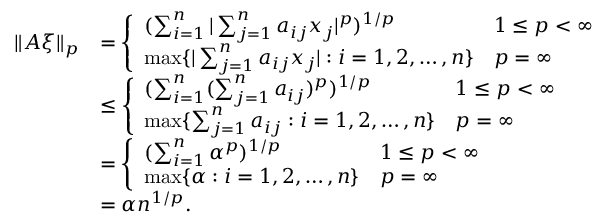
\begin{array} { r l } { \| A \xi \| _ { p } } & { = \left\{ \begin{array} { l l } { ( \sum _ { i = 1 } ^ { n } | \sum _ { j = 1 } ^ { n } a _ { i j } x _ { j } | ^ { p } ) ^ { 1 / p } } & { 1 \le p < \infty } \\ { \operatorname* { m a x } \{ | \sum _ { j = 1 } ^ { n } a _ { i j } x _ { j } | : i = 1 , 2 , \ldots , n \} } & { p = \infty } \end{array} \right. } \\ & { \le \left\{ \begin{array} { l l } { ( \sum _ { i = 1 } ^ { n } ( \sum _ { j = 1 } ^ { n } a _ { i j } ) ^ { p } ) ^ { 1 / p } } & { 1 \le p < \infty } \\ { \operatorname* { m a x } \{ \sum _ { j = 1 } ^ { n } a _ { i j } : i = 1 , 2 , \ldots , n \} } & { p = \infty } \end{array} \right. } \\ & { = \left\{ \begin{array} { l l } { ( \sum _ { i = 1 } ^ { n } \alpha ^ { p } ) ^ { 1 / p } } & { 1 \le p < \infty } \\ { \operatorname* { m a x } \{ \alpha : i = 1 , 2 , \ldots , n \} } & { p = \infty } \end{array} \right. } \\ & { = \alpha n ^ { 1 / p } . } \end{array}